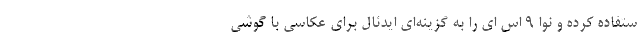
ستفاده کرده و نوا 9 اس ای را به گزینه‌ای ایدئال برای عکاسی با گوشی